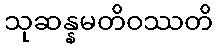
သုဆန္နမတိဝဿတိ